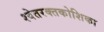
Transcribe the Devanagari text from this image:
श्वेतरक्तकोशिका